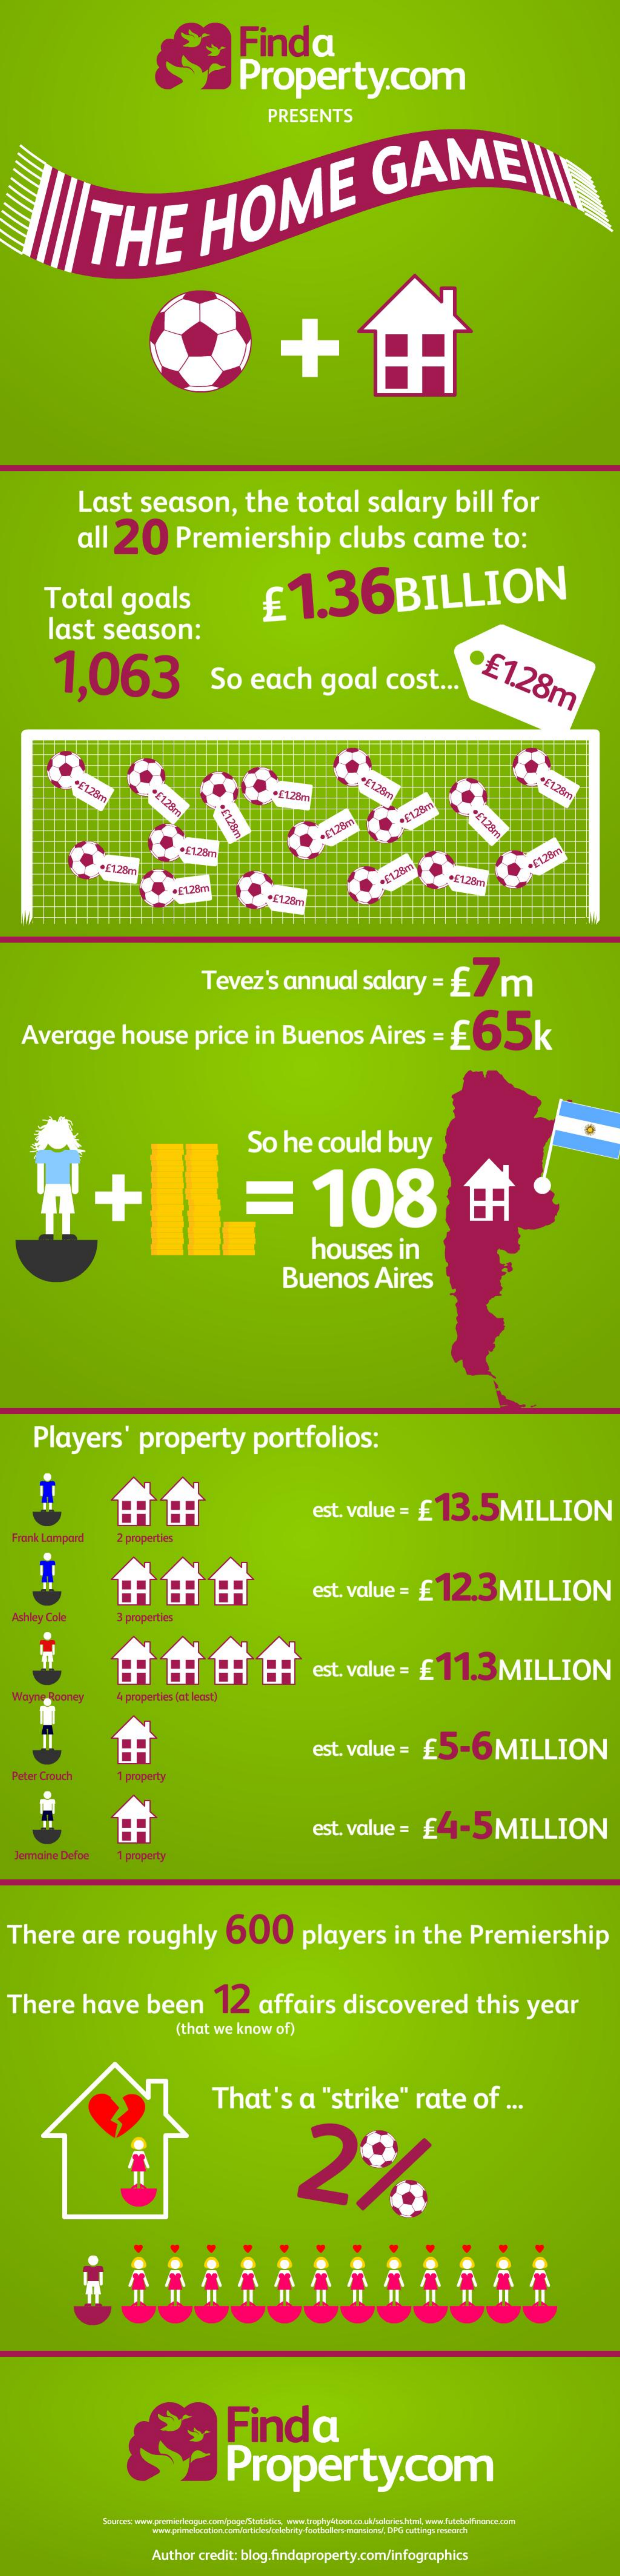
Finda
     Property.com
     PRESENTS
     THE    HOME    GAMEIIIN
     Last    season,    the    total    salary    bill   for
     all  20    Premiership    clubs    came    to:
     Total    goals    £1.36BILLION
     last    season:
     1,063    So    each    goal    cost   ...    £1.28m
     £128m
     ·£
     1.28m
     £72dm
     -[128    £
     1288 .5.1.78m
     EL&m
     Tevez's    annual    salary    =  £7m
    Average    house    price    in  Buenos    Aires    =  £65k
     So   he   could    buy
     =    108
     houses    in
     Buenos    Aires
     Players'    property    portfolios:
     est. value   = £13.5MILLION
  Frank Lampard   2 properties
     est. value   = £12.3MILLION
  Ashley Cole    S properties
     est. value   = £11.3MILLION
   WayneDoncy    4 properties (at least]
     est. value   =  £5-6MILLION
  Peter Crouch    1 property
     est. value   =  £4-5MILLION
   Jermaine Defoe 1 property
  There    are    roughly    600    players    in  the    Premiership
  There    have    been    12    affairs    discovered    this    year
     (that we know of)
     That's    a  "strike"    rate    of   ...
     2%
     Finda
     Property.com
     Author credit: blog.findaproperty.com/infographics